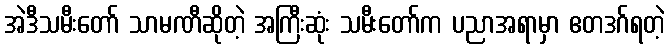
အဲဒီသမီးတော် သာမဏီဆိုတဲ့ အကြီးဆုံး သမီးတော်က ပညာအရာမှာ ဧတဒဂ်ရတဲ့